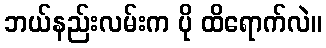
ဘယ်နည်းလမ်းက ပို ထိရောက်လဲ။